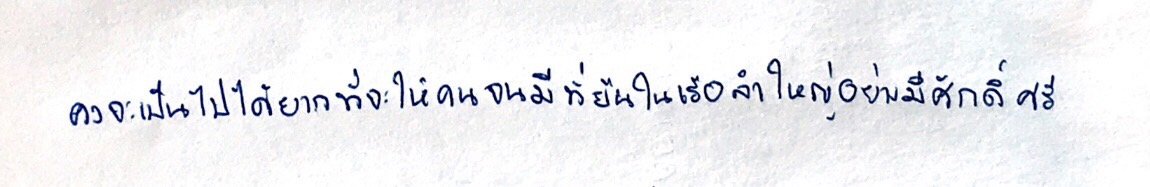
คงจะเป็นไปได้ยากที่จะให้คนจนมีที่ยืนในเรือลำใหญ่อย่างมีศักดิ์ศรี